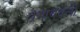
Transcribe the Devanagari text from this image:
प्रभाववली